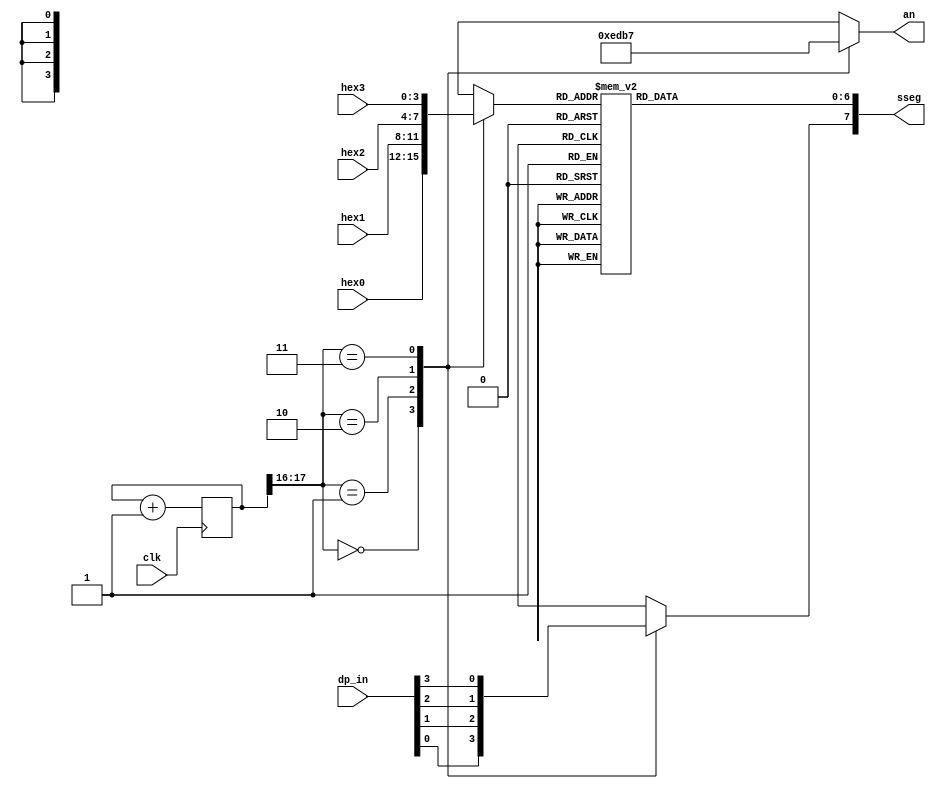
module displayMuxBasys

	( 
	  input wire clk,                             // clock
	  input wire [3:0] hex3, hex2, hex1, hex0,    // hex digits
	  input wire [3:0] dp_in,                     // 4 dec pts
	  output reg [3:0] an,                        // enable for 4 displays
	  output reg [7:0] sseg                       // led segments
	);

	// constant for refresh rate: 50 Mhz / 2^18 = 190 Hz
	// we will use 2 of the 2 MSB states to multiplex 3 displays
	localparam N = 18;
	
	// internal signals
	reg [N-1:0] q_reg;
	wire [N-1:0] q_next;
	reg [3:0] hex_in;
	reg dp;
	
	// counter register 
	always @(posedge clk)
         q_reg <= q_next; 
	
	// next state logic 
	assign q_next = q_reg + 1;
	
		// 2 MSBs control 3-to-1 multiplexing (active low)
	always @*
	   case (q_reg[N-1:N-2])
		    
		2'b00:
		      begin 
		      an = 4'b1110;
                      hex_in = hex0;
		      dp = dp_in[0];
                      end
				
		2'b01:
		      begin 
		      an = 4'b1101;
                      hex_in = hex1;
		      dp = dp_in[1];
                      end
				
		2'b10:
		     begin 
		     an = 4'b1011;
                     hex_in = hex2;
		     dp = dp_in[2];
                     end	

                2'b11:				
                     begin 
		     an = 4'b0111;
                     hex_in = hex3;
	             dp = dp_in[3];
                     end	
				
                default:
                     begin 
                     an = 4'b1111;
	             dp = 1'b1;
                     end
          endcase 			
	
	// hex to seven-segment circuit 
	always @*
            begin 
            case(hex_in)
	       4'h0: sseg[6:0] = 7'b0000001;
	       4'h1: sseg[6:0] = 7'b1001111;
	       4'h2: sseg[6:0] = 7'b0010010;
	       4'h3: sseg[6:0] = 7'b0000110;
	       4'h4: sseg[6:0] = 7'b1001100;
	       4'h5: sseg[6:0] = 7'b0100100;
	       4'h6: sseg[6:0] = 7'b0100000;
	       4'h7: sseg[6:0] = 7'b0001111;
	       4'h8: sseg[6:0] = 7'b0000000;
	       4'h9: sseg[6:0] = 7'b0000100;
	       4'ha: sseg[6:0] = 7'b0001000;
	       4'hb: sseg[6:0] = 7'b1100000;
	       4'hc: sseg[6:0] = 7'b0110001;
	       4'hd: sseg[6:0] = 7'b1000010;
	       4'he: sseg[6:0] = 7'b0110000;
	       default: sseg[6:0] = 7'b0111000; // 4'hf
	    endcase 
        sseg[7] = dp;
        end 
endmodule